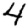
Digit: 4